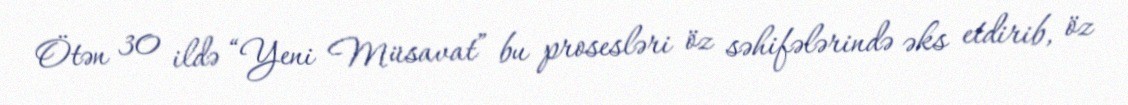
Ötən 30 ildə “Yeni Müsavat” bu prosesləri öz səhifələrində əks etdirib, öz